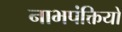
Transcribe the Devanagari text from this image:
नाभपंक्तियों